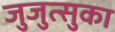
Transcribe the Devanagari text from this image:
जुजुत्सुका